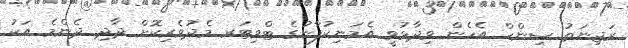
ރަޖިނަތު ސިންހް އެހެން ވިދާޅުވީ އެމަނިކުފާނުގެ ޓްވިޓަރ މެދުވެރިކޮށް ދާދި ދެންމެ އަކު